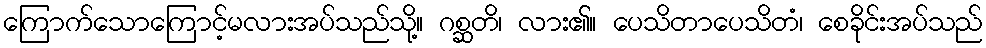
ကြောက်သောကြောင့်မလားအပ်သည်သို့။ ဂစ္ဆတိ၊ လား၏။ ပေသိတာပေသိတံ၊ စေခိုင်းအပ်သည်